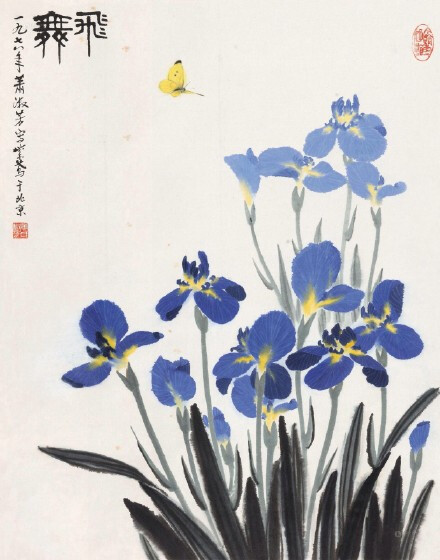
迟日江山丽，春风花草香。